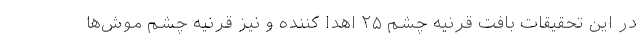
در این تحقیقات بافت قرنیه چشم ۲۵ اهدا کننده و نیز قرنیه چشم موش‌ها